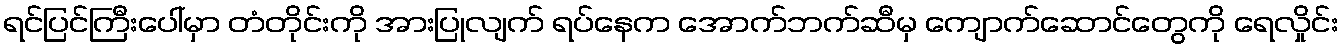
ရင်ပြင်ကြီးပေါ်မှာ တံတိုင်းကို အားပြုလျက် ရပ်နေက အောက်ဘက်ဆီမှ ကျောက်ဆောင်တွေကို ရေလှိုင်း